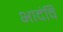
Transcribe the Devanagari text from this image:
भादंवि